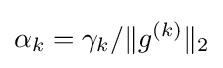
\alpha _{k}=\gamma _{k}/\lVert g^{(k)}\rVert _{2}